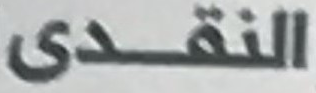
النقدى